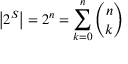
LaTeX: \left| 2 ^ { S } \right| = 2 ^ { n } = \sum _ { k = 0 } ^ { n } { \binom { n } { k } }